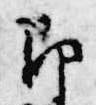
即